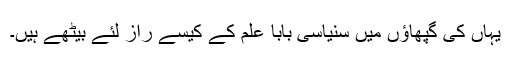
یہاں کی گپھاؤں میں سنیاسی بابا علم کے کیسے راز لئے بیٹھے ہیں۔